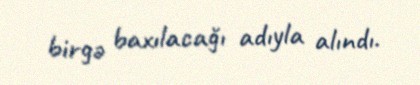
birgə baxılacağı adıyla alındı.